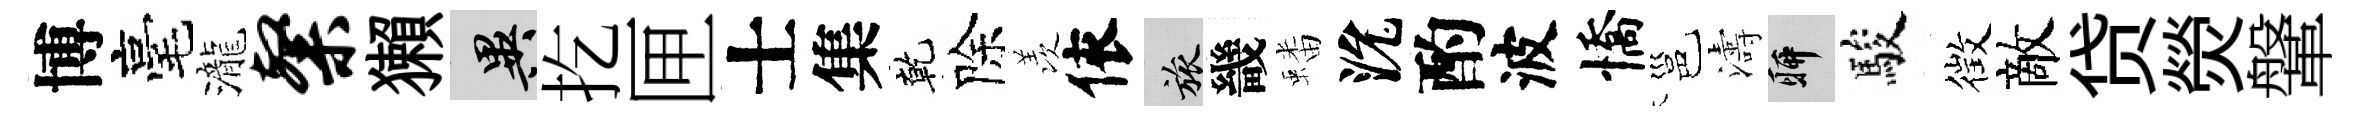
博毫瀧粲獺异扢匣士集乾除羡依旅畿蟠沇酌波憍邕濤聊駿徴敵贷熒鞶